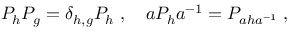
P _ { h } P _ { g } = \delta _ { h , g } P _ { h } \; , \quad a P _ { h } a ^ { - 1 } = P _ { a h a ^ { - 1 } } \; ,